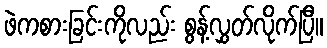
ဖဲကစားခြင်းကိုလည်း စွန့်လွှတ်လိုက်ပြီ။